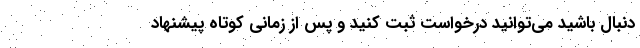
دنبال باشید می‌توانید درخواست ثبت کنید و پس از زمانی کوتاه پیشنهاد